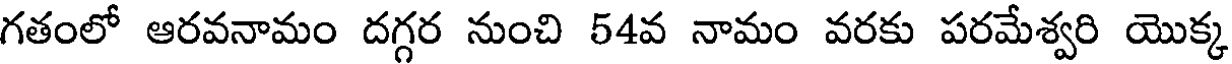
గతంలో ఆరవనామం దగ్గర నుంచి 54వ నామం వరకు పరమేశ్వరి యొక్క